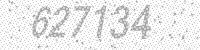
Solution: 627134